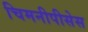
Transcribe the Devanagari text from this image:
चिमनीपीसेस